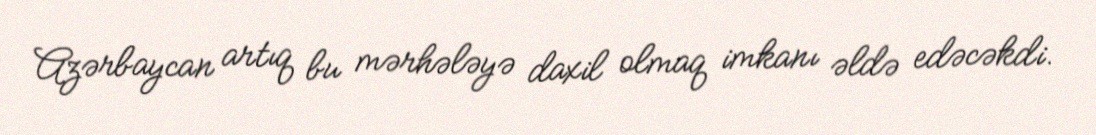
Azərbaycan artıq bu mərhələyə daxil olmaq imkanı əldə edəcəkdi.